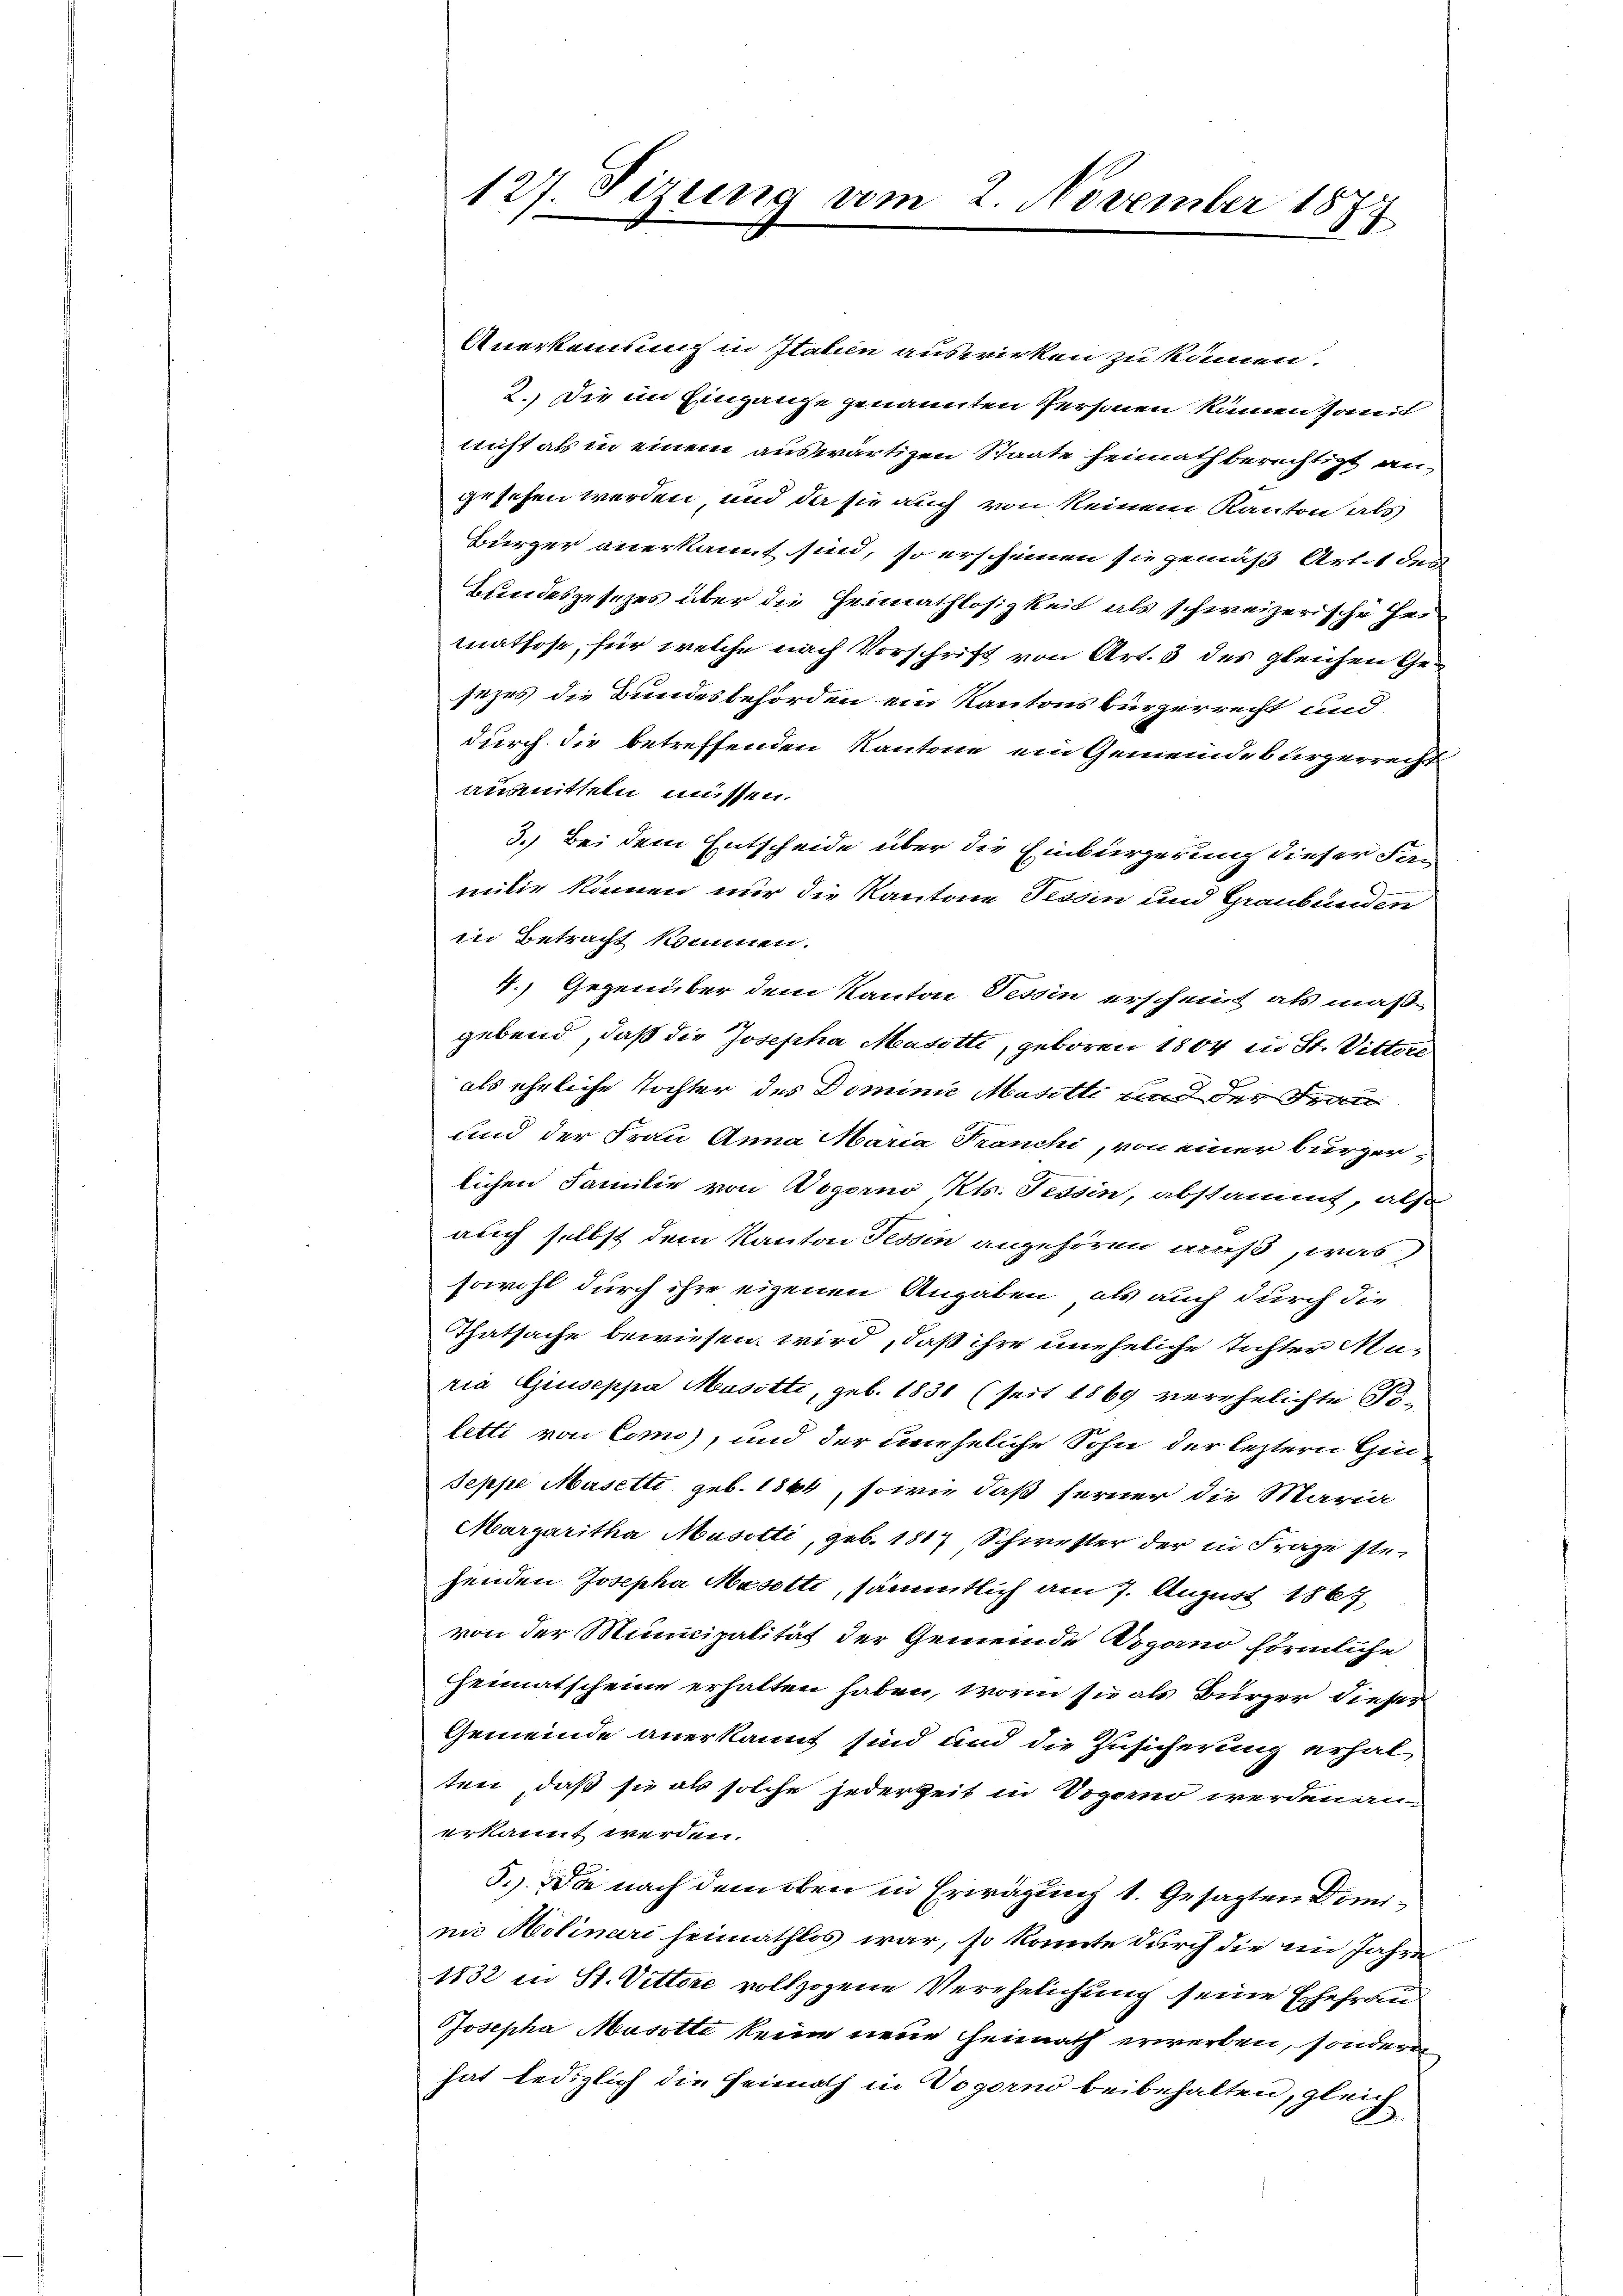
127. Sizung vom 2. November 18
17

Anerkennung in Italien auswirken zu können.
2. Die im Eingange genannten Personen kämen somit
nicht als in einem auswärtigen Staate heimath berechtigt angesehen werden, und da sie auch von keinem Kanton als
Bürger anerkannt sind, so erscheinen sie gemäß Arten de
Bundesgesezes über die Heimathlosigkeit als schweizerische Heimathose, für welche nach Vorschrift von Art. 3 des gleichen Gesezes die Bundesbehörden ein Kantonsbürgerrecht und
durch die betreffenden Kantone ein Gemeindebürgerrecht
ausmitteln müssen.
3.) Bei dem Entscheide über die Einbürgerung dieser Fan
milie können nur die Kantone Tessin und Graubünden
in Betracht kommen.
4.) Gegenüber dem Kanton Tessin erscheint als maße
gebend, daß die Josepha Matotti, geboren 1804 in St. Vittere
als ähnliche Tochter des Dominie Masetti und der Frau
und der Frau Anna Maria Franchi, von einer bürgerlichen Familie von Wogorno Kts. Tessin, abstammt, also
auch selbst dem Kanton Tessin angehören muß, was
sowohl durch ihre eigenen Angaben, als auch durch die
Thatsache bewiesen wird, daß ihre uneheliche Tochter Muria Giuseppa Musotti, geb. 1831 (seit 1869 verehelichte Po-
letti von Como, und der uneheliche Sohn der leztern Gin
Seppe Masetti geb. 1864, sowie daß ferner die Maria
Margaritha Musotti, geb. 1817 Schwester der in Frage stehenden Josepha Masetti, sämmtlich am 7. August 1867
von der Municipalität der Gemeinde Dogand förmliche
Heimatscheine erhalten haben, worin sie als Bürger dieser
Gemeinde anerkannt sind und die Zusicherung erhal
ten, daß sie als solche jederzeit in Vogorno werden an
erkannt werden.
3.) die nach dem oben in Erwägung 1. Gesagten Domini Molinari heimathlos war, so konnte durch die im Jahre
1832 in St. Vittore vollzogene Verehelichung seine Ehefrau
Josepha Mosotte keine neue Heimath erwerben, sondern
hat lediglich die Heimath in Vogorno beibehalten, gleich